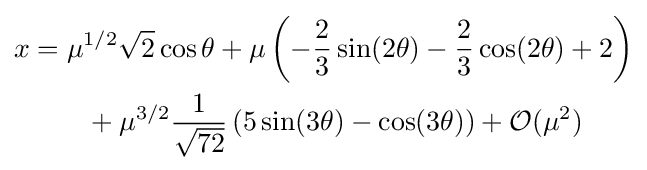
{\begin{aligned}x&=\mu ^{1/2}{\sqrt {2}}\cos \theta +\mu \left(-{\frac {2}{3}}\sin(2\theta )-{\frac {2}{3}}\cos(2\theta )+2\right)\\&\qquad +\mu ^{3/2}{\frac {1}{\sqrt {72}}}\left(5\sin(3\theta )-\cos(3\theta )\right)+{\mathcal {O}}(\mu ^{2})\\\end{aligned}}